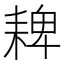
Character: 𦓸